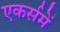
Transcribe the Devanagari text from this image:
एकर्समें